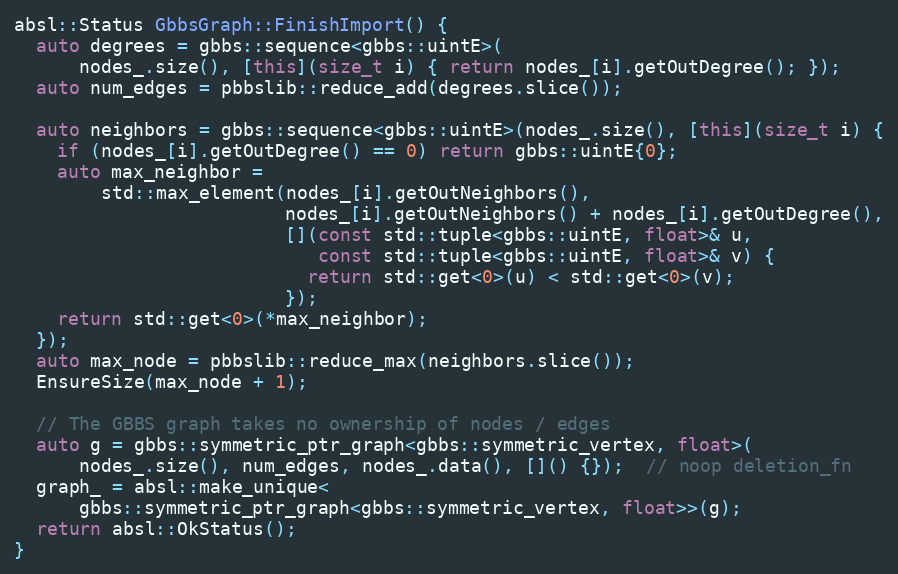
Language: C++
absl::Status GbbsGraph::FinishImport() {
  auto degrees = gbbs::sequence<gbbs::uintE>(
      nodes_.size(), [this](size_t i) { return nodes_[i].getOutDegree(); });
  auto num_edges = pbbslib::reduce_add(degrees.slice());

  auto neighbors = gbbs::sequence<gbbs::uintE>(nodes_.size(), [this](size_t i) {
    if (nodes_[i].getOutDegree() == 0) return gbbs::uintE{0};
    auto max_neighbor =
        std::max_element(nodes_[i].getOutNeighbors(),
                         nodes_[i].getOutNeighbors() + nodes_[i].getOutDegree(),
                         [](const std::tuple<gbbs::uintE, float>& u,
                            const std::tuple<gbbs::uintE, float>& v) {
                           return std::get<0>(u) < std::get<0>(v);
                         });
    return std::get<0>(*max_neighbor);
  });
  auto max_node = pbbslib::reduce_max(neighbors.slice());
  EnsureSize(max_node + 1);

  // The GBBS graph takes no ownership of nodes / edges
  auto g = gbbs::symmetric_ptr_graph<gbbs::symmetric_vertex, float>(
      nodes_.size(), num_edges, nodes_.data(), []() {});  // noop deletion_fn
  graph_ = absl::make_unique<
      gbbs::symmetric_ptr_graph<gbbs::symmetric_vertex, float>>(g);
  return absl::OkStatus();
}